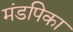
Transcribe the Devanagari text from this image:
मंडपिका